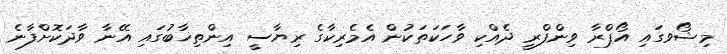
މިޝޯވގައި އޯޕްރާ ވިންފްރީ ދެއްކި ވާހަކަތަކުން އެމެރިކާގެ ރިޔާސީ އިންތިޚާބުގައި އޭނާ ވާދަކޮށްފާނެ